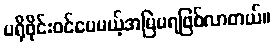
ပရိုဖိုင်းဝင်ပေမယ့်အမြဲမရဖြစ်လာတယ်။